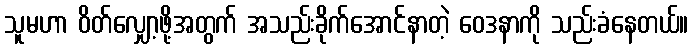
သူမဟာ ဝိတ်လျှော့ဖို့အတွက် အသည်းခိုက်အောင်နာတဲ့ ဝေဒနာကို သည်းခံနေတယ်။